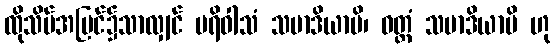
ထိုသိမ်အပြင်၌သာလျှင် ပရိဝါသံ သမာဒိယာမိ၊ ဝတ္တံ သမာဒိယာမိ ဟု